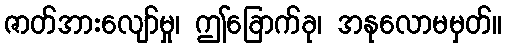
ဇာတ်အားလျော်မှု၊ ဤခြောက်ခု၊ အနုလောမမှတ်။